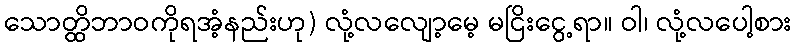
သောတ္ထိဘာဝကိုရအံ့နည်းဟု) လုံ့လလျော့မေ့ မငြိးငွေ့ရာ။ ဝါ၊ လုံ့လပေါ့စား